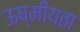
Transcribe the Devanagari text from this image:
ऊष्मीयता